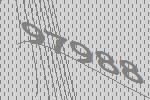
97988